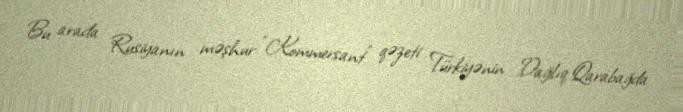
Bu arada Rusiyanın məşhur “Kommersant” qəzeti Türkiyənin Dağlıq Qarabağda